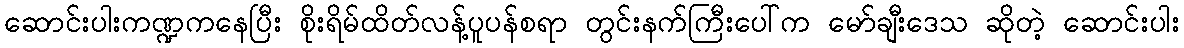
ဆောင်းပါးကဏ္ဍကနေပြီး စိုးရိမ်ထိတ်လန့်ပူပန်စရာ တွင်းနက်ကြီးပေါ်က မော်ချီးဒေသ ဆိုတဲ့ ဆောင်းပါး